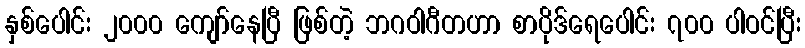
နှစ်ပေါင်း ၂၀၀၀ ကျော်နေပြီ ဖြစ်တဲ့ ဘဂဝါဂီတဟာ စာပိုဒ်ရေပေါင်း ၇၀၀ ပါဝင်ပြီး